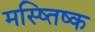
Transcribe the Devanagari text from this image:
मस्ष्तिष्क